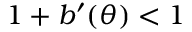
1 + b ^ { \prime } ( \theta ) < 1